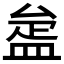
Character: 𥁱